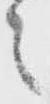
々